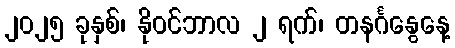
၂၀၂၅ ခုနှစ်၊ နိုဝင်ဘာလ ၂ ရက်၊ တနင်္ဂနွေနေ့